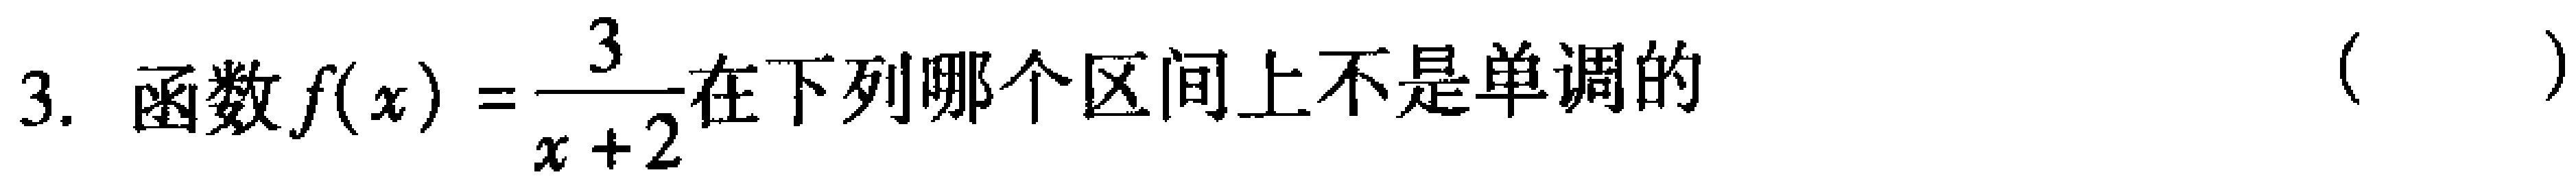
3. 函数\(f(x)=\dfrac{3}{x + 2}\)在下列哪个区间上不是单调的（  ）